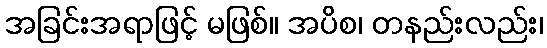
အခြင်းအရာဖြင့် မဖြစ်။ အပိစ၊ တနည်းလည်း၊